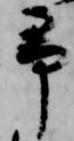
予